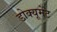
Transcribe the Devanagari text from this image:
डोक्यूमेंट